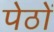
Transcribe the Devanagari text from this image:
पेठों